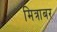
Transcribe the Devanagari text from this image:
मित्राबर